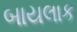
બાયલાક